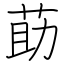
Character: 莇